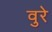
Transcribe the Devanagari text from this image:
वुरे